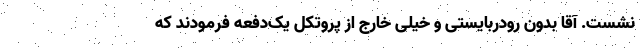
نشست. آقا بدون رودربایستی و خیلی خارج از پروتکل یک‌دفعه فرمودند که